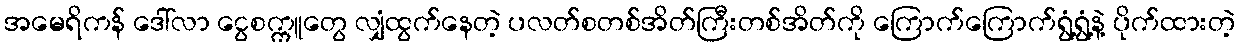
အမေရိကန် ဒေါ်လာ ငွေစက္ကူတွေ လျှံထွက်နေတဲ့ ပလတ်စတစ်အိတ်ကြီးတစ်အိတ်ကို ကြောက်ကြောက်ရွံ့ရွံ့နဲ့ ပိုက်ထားတဲ့